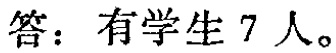
答：有学生 7 人。